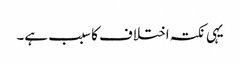
یہی نکتہ اختلاف کا سبب ہے۔